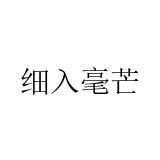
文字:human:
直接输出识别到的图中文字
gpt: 细入毫芒